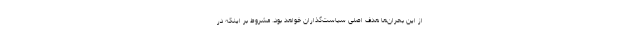
از این بحران‌ها هدف اصلی سیاست‌گذاران خواهد بود. مشروط بر اینکه در